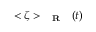
< \zeta > _ { \mathrm { ~ { ~ \bf ~ R ~ } ~ } } ( t )